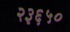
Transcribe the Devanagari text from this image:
२३६५०